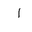
Letter: _alif